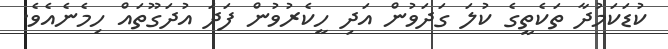
ކުޑަކަމުދާ ތަކެތީގެ ކުލަ ގަދަވުން އަދި ހީކެރުވުން ފަދަ އުދަގޫތައް ހިމެނެއެވެ.